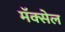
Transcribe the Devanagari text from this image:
मॅक्‍सेल